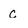
Character: c